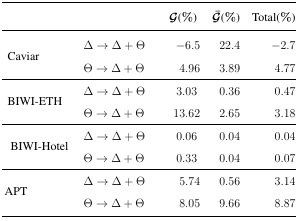
<table><thead><tr><td></td><td></td><td><b>G(%)</b></td><td><b>Ḡ(%)</b></td><td><b>Total(%)</b></td></tr></thead><tbody><tr><td rowspan="2">Caviar</td><td>Δ → Δ + Θ</td><td>−6.5</td><td>22.4</td><td>−2.7</td></tr><tr><td>Θ → Δ + Θ</td><td>4.96</td><td>3.89</td><td>4.77</td></tr><tr><td rowspan="2">BIWI-ETH</td><td>Δ → Δ + Θ</td><td>3.03</td><td>0.36</td><td>0.47</td></tr><tr><td>Θ → Δ + Θ</td><td>13.62</td><td>2.65</td><td>3.18</td></tr><tr><td rowspan="2">BIWI-Hotel</td><td>Δ → Δ + Θ</td><td>0.06</td><td>0.04</td><td>0.04</td></tr><tr><td>Θ → Δ + Θ</td><td>0.33</td><td>0.04</td><td>0.07</td></tr><tr><td rowspan="2">APT</td><td>Δ → Δ + Θ</td><td>5.74</td><td>0.56</td><td>3.14</td></tr><tr><td>Θ → Δ + Θ</td><td>8.05</td><td>9.66</td><td>8.87</td></tr></tbody></table>